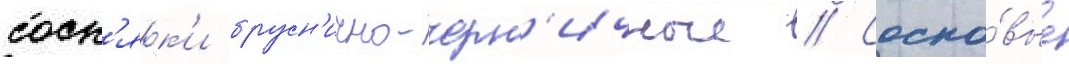
сосн'як'и брусн'ично-черн'ичные // Сосно́вые